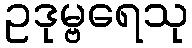
ဥဒုမ္ဗရေသု